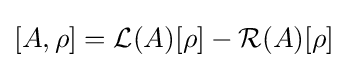
[A,\rho ]={\mathcal {L}}(A)[\rho ]-{\mathcal {R}}(A)[\rho ]